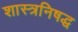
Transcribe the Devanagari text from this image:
शास्त्रनिषद्ध